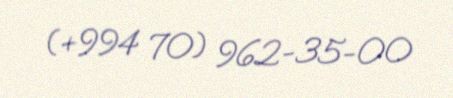
(+994 70) 962-35-00